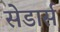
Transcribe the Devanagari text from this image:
सेडार्स